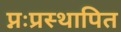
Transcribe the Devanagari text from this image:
प्नःप्रस्थापित